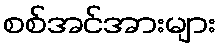
စစ်အင်အားများ